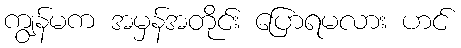
ကျွန်မက အမှန်အတိုင်း ပြောရမလား ဟင်